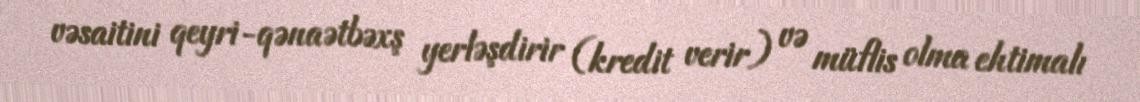
vəsaitini qeyri-qənaətbəxş yerləşdirir (kredit verir) və müflis olma ehtimalı